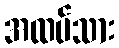
အထပ်သား